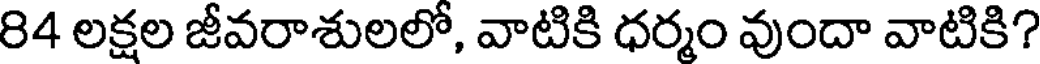
84 లక్షల జీవరాశులలో, వాటికి ధర్మం వుందా వాటికి?